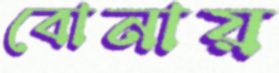
বোনায়